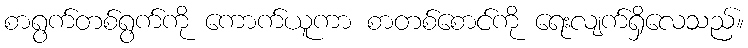
စာရွက်တစ်ရွက်ကို ကောက်ယူကာ စာတစ်စောင်ကို ရေးလျက်ရှိလေသည်။